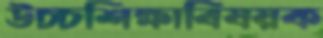
উচ্চশিক্ষাবিষয়ক